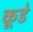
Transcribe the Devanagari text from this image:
कूडे